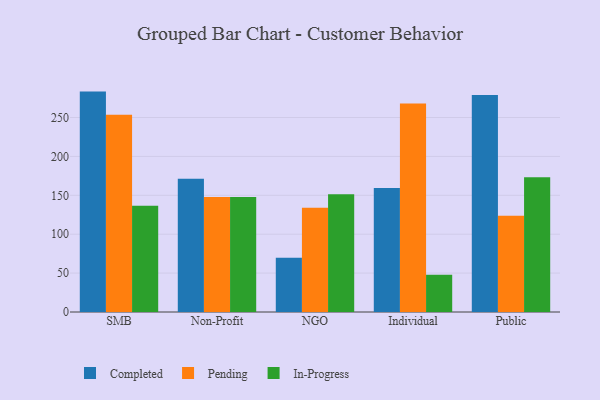
{"axis": {"x": "Segment", "y": "Budget (USD K)"}, "legend": ["Completed", "In-Progress", "Pending"], "data": [{"x": "SMB", "y": 283.3, "type": "Completed"}, {"x": "SMB", "y": 253.6, "type": "Pending"}, {"x": "SMB", "y": 136.6, "type": "In-Progress"}, {"x": "Non-Profit", "y": 171.4, "type": "Completed"}, {"x": "Non-Profit", "y": 147.7, "type": "Pending"}, {"x": "Non-Profit", "y": 147.7, "type": "In-Progress"}, {"x": "NGO", "y": 69.8, "type": "Completed"}, {"x": "NGO", "y": 133.9, "type": "Pending"}, {"x": "NGO", "y": 151.4, "type": "In-Progress"}, {"x": "Individual", "y": 159.4, "type": "Completed"}, {"x": "Individual", "y": 268.1, "type": "Pending"}, {"x": "Individual", "y": 48.0, "type": "In-Progress"}, {"x": "Public", "y": 279.0, "type": "Completed"}, {"x": "Public", "y": 123.6, "type": "Pending"}, {"x": "Public", "y": 173.1, "type": "In-Progress"}]}